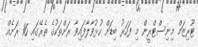
ޓޫރިޒަމް މިނިސްޓްރީން މި ފަހަރު ބިޑަށް ހުޅުވާލާފައިވާ ރަށްތަކުގެ ތެރޭގައި 16 ރަަށެއް